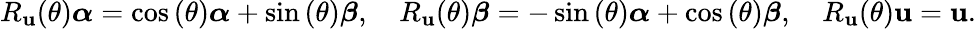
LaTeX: R_{\mathbf{u}}(\theta){\boldsymbol{\alpha}}=\cos\left(\theta\right){\boldsymbol{\alpha}}+\sin\left(\theta\right){\boldsymbol{\beta}},\quad R_{\mathbf{u}}(\theta){\boldsymbol{\beta}}=-\sin\left(\theta\right){\boldsymbol{\alpha}}+\cos\left(\theta\right){\boldsymbol{\beta}},\quad R_{\mathbf{u}}(\theta)\mathbf{u}=\mathbf{u}.